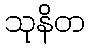
သုနိတ